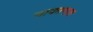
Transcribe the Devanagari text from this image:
नाकामल